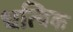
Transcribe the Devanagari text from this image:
धत्विक